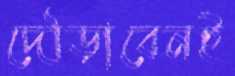
দৌড়াবেনই